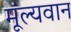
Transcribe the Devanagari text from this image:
मूंल्‍यवान